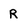
Character: R